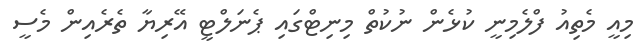
މިއީ މެތިއު ފްލެމިނީ ކުޅެން ނުކުތް މިނިޓްގައި ޕެނަލްޓީ އޭރިޔާ ތެރެއިން މެސީ